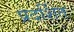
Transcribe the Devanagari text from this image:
प्रदर्शित